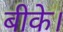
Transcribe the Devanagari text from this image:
बीके।